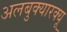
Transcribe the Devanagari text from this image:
अलबुक्यारक्यू